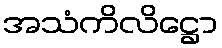
အသံကိလိဋ္ဌော